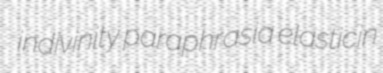
indivinity paraphrasia elasticin